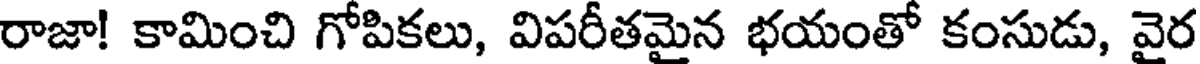
రాజా! కామించి గోపికలు, విపరీతమైన భయంతో కంసుడు, వైర